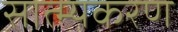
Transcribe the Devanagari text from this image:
सात्म्यकरण